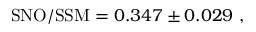
\mathrm { S N O / S S M } = 0 . 3 4 7 \pm 0 . 0 2 9 \ ,